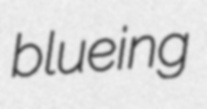
blueing